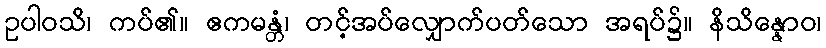
ဥပါဝသိ၊ ကပ်၏။ ဧကမန္တံ၊ တင့်အပ်လျှောက်ပတ်သော အရပ်၌။ နိသိန္နောဝ၊